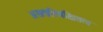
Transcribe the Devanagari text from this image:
असत्प्रतिपक्षितत्व